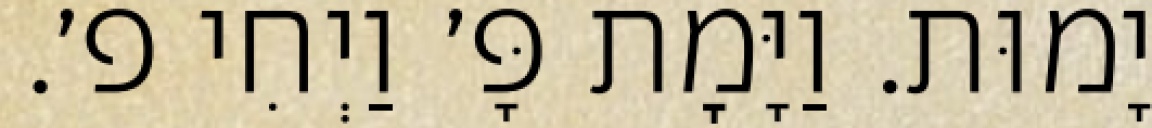
יָמוּת. וַיָּמׇת פָּ׳ וַיְחִי פ׳.